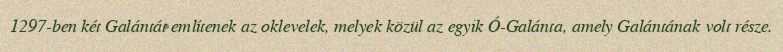
1297-ben két Galántát említenek az oklevelek, melyek közül az egyik Ó-Galánta, amely Galántának volt része.